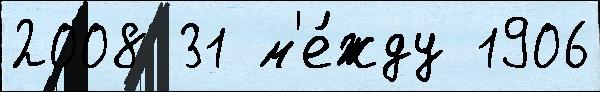
2008 31 м'е́жду 1906